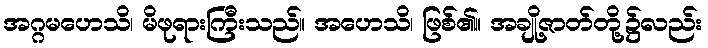
အဂ္ဂမဟေသိ၊ မိဖုရားကြီးသည်။ အဟေသိ၊ ဖြစ်၏။ အချို့ဇာတ်တို့၌လည်း